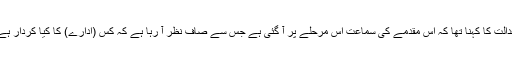
عدالت کا کہنا تھا کہ اس مقدمے کی سماعت اس مرحلے پر آ گئی ہے جس سے صاف نظر آ رہا ہے کہ کس (ادارے) کا کیا کردار ہے۔